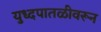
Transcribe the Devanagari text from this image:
युध्दपातळीवरून